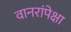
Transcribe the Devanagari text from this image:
वानरांपेक्षा